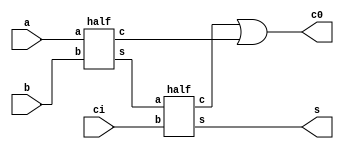
`timescale 1ns / 1ps
//////////////////////////////////////////////////////////////////////////////////
// Company: 
// Engineer: 
// 
// Design Name: 
// Module Name: full_add_instan
// Project Name: 
// Target Devices: 
// Tool Versions: 
// Description: 
// 
// Dependencies: 
// 
// Revision:
// Revision 0.01 - File Created
// Additional Comments:
// 
//////////////////////////////////////////////////////////////////////////////////

//full_adder using instantion or full_adder using two half_adder
module full_add_instan(output s,c0, input a,b,ci);
    wire t,k;
    half v1(t,c,a,b);
    half v2(s,k,t,ci);
    or (c0,k,c);
endmodule

//half_adder using dataflow level
module half(output s,c, input a,b);
assign s=a^b;
assign c=a&b;
endmodule